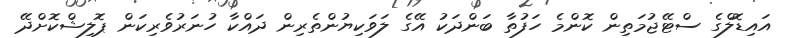
އައިޑޮލްގެ ސްޓޭޖުމަތިން ކޮންމެ ހަފުތާ ބަންދަކު އޭގެ ލަވަކިޔުންތެރިން ދައްކާ ހުނަރުވެރިކަން ޕޮލިޝްކޮށްދޭ